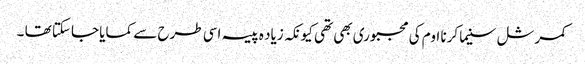
کمرشل سنیما کرنا اوم کی مجبوری بھی تھی کیونکہ زیاد ہ پیسہ اسی طرح سے کمایا جاسکتا تھا ۔